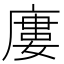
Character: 廔